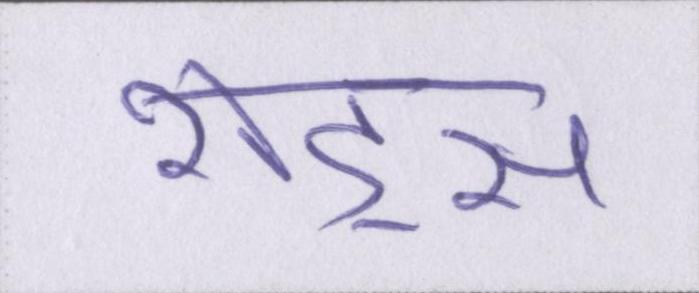
शेड्स